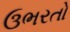
ઉભરતો